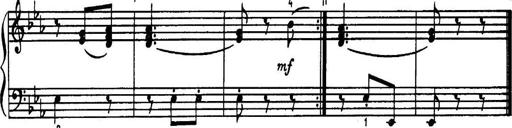
Title: 34 Keyboard Sonatinas
Composer: Georg Benda